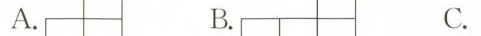
A. B. C.